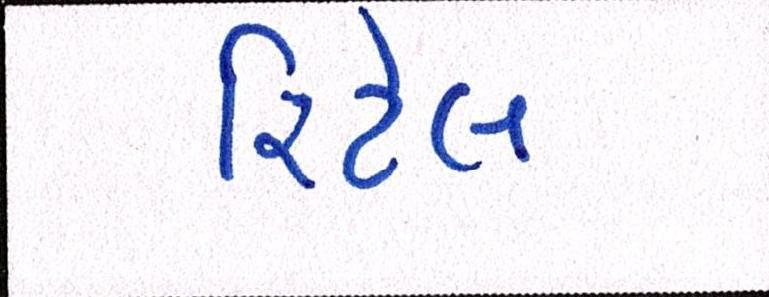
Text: રિટેલ